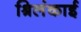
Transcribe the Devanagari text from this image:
श्रिलंकाई